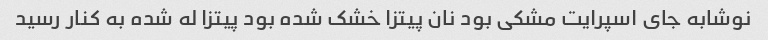
نوشابه جای اسپرایت مشکی بود نان پیتزا خشک شده بود پیتزا له شده به کنار رسید